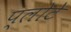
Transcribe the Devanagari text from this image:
प्लोटे